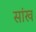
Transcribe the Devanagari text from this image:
सांख